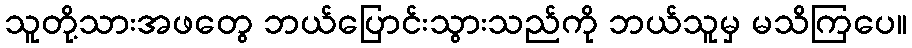
သူတို့သားအဖတွေ ဘယ်ပြောင်းသွားသည်ကို ဘယ်သူမှ မသိကြပေ။